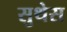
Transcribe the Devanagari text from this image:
सुथेस